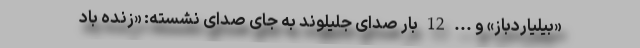
«بیلیاردباز» و ... 12 بار صدای جلیلوند به جای صدای نشسته: «زنده باد